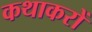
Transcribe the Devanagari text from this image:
कथाकरों